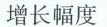
的增幅合三则材料内容，判断对错，对的画”√”，错的画”X”。